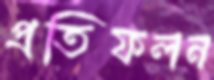
প্রতিফলন